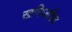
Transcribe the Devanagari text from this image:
खनिजविद